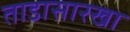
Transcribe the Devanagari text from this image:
ताडासारखा